Newspaper: The colored American. [volume]
Place of publication: Washington, D.C.
Publisher: Colored American Pub. Co.
Date: 1900-06-09 00:00:00
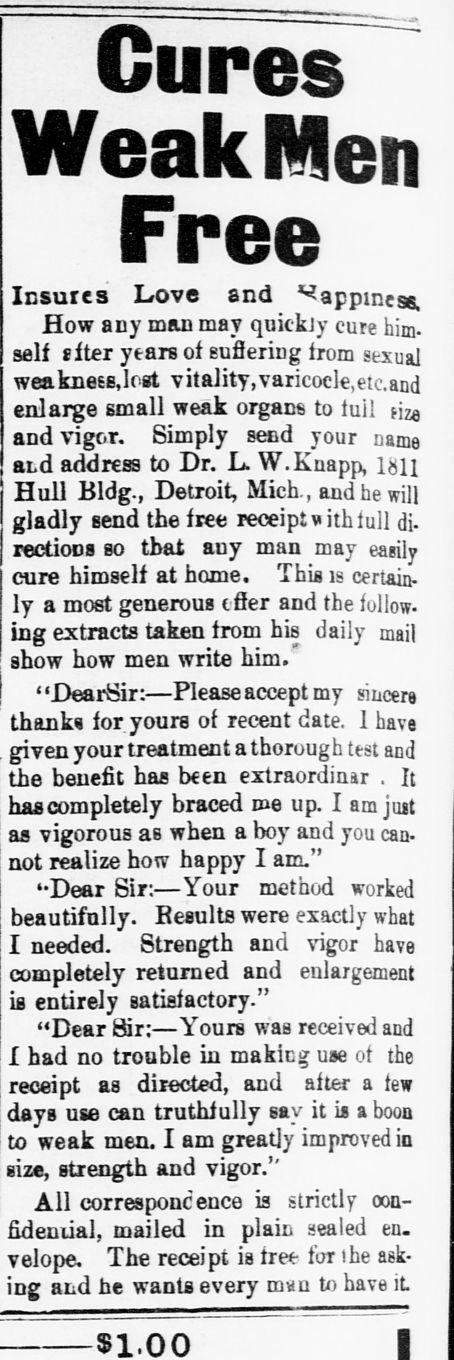
Advertisement text (OCR):
Cures Weak Men Free Insures Love and happiness How any man may quickly cure him self cfter years of suffering from sexual weaknesEIost vitality varicocleetcand enlarge small weak organs to luil tiza and vigor Simply send your name atd address to Dr L WKnapp lsil Hull Bldg Detroit Mich and he will gladly Bend the free receipt vith lull di rectioos bo that auy man may easily cure himself at home This is certain ly a most generous offer and the follow ing extracts taken from his daily mail show how men write him DearSir Please accept my sincere thanks for yours of recent date 1 have given your treatment a thorough test and the benefit has been extraordinar It hascompletely braced me up I am just as vigorous as when a boy and you can not realize how happy I am Dear Sir Your method worked beautifully Eesults were exactly what I needed Strength and vigor have completely returned and enlargement ifl entirely satisfactory Dear Sir Yours was received and I had no trouble in making use of the receipt as directed and after a few days use can truthfully say it is a boon to weak men I am greatly improved in size strength and vigor All correspondence is strictly ooa fidemial mailed in plain sealed en velope The receipt is free for the ask ing and he wants every man to have it 5100
Label: text-only